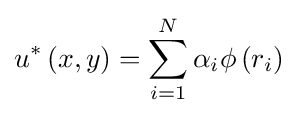
{{u}^{*}}\left(x,y\right)=\sum \limits _{i=1}^{N}\alpha _{i}\phi \left(r_{i}\right)